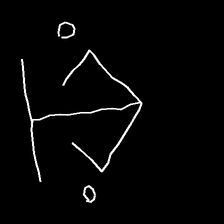
Glyph: earth